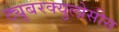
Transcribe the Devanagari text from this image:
ट्युबरक्युलोसीस